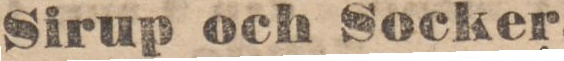
Sirup och Socker.